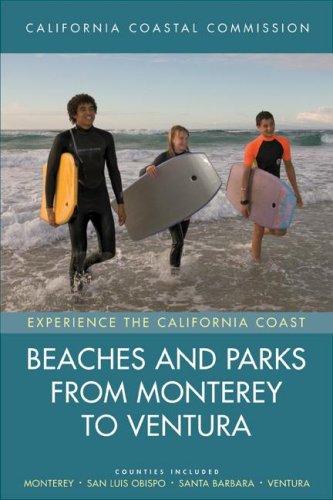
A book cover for Beaches and Parks from Monterey to Ventura: Counties Included: Monterey, San Luis Obispo, Santa Barbara, Ventura (Experience the California Coast); California Coastal Commis; Travel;